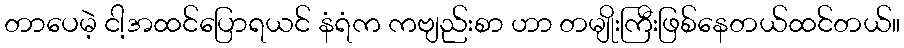
တာပေမဲ့ ငါ့အထင်ပြောရယင် နံရံက ကဗျည်းစာ ဟာ တမျိုးကြီးဖြစ်နေတယ်ထင်တယ်။